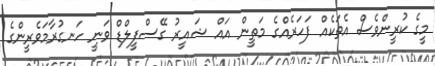
މީގެ ކުރީންވެސް އެތަކެއް ފަހަރެއްގެ މަތީން އައް ޝައީރު ގޭސްފީލްޑް ވަނީ ހަނގުރާމަވެރީންގެ